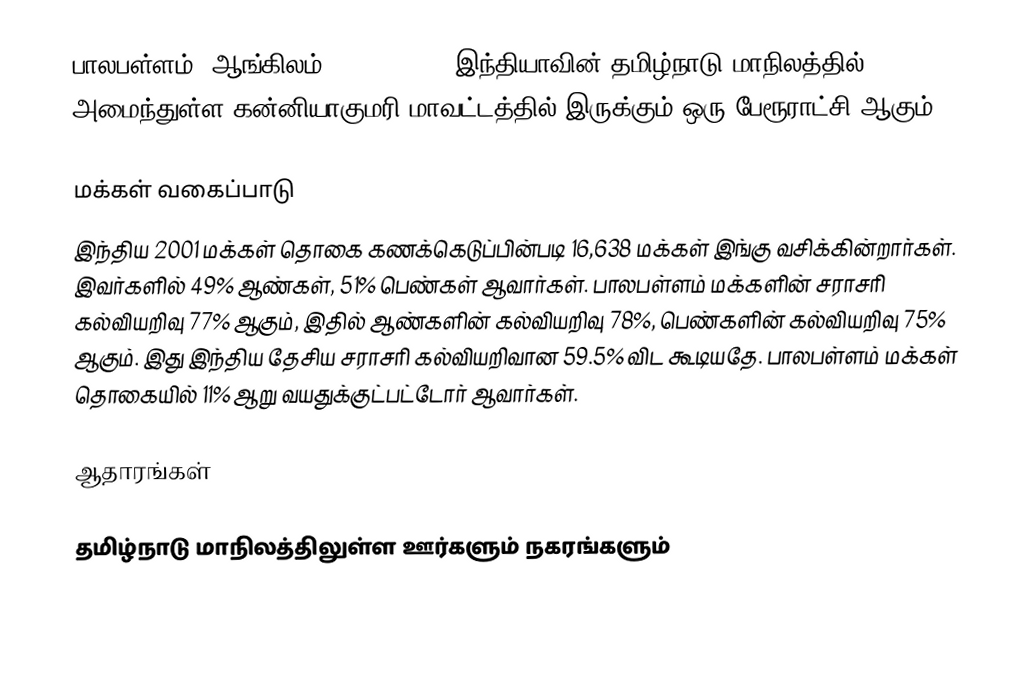
பாலபள்ளம் (ஆங்கிலம்:Balapallam), இந்தியாவின் தமிழ்நாடு மாநிலத்தில் அமைந்துள்ள கன்னியாகுமரி மாவட்டத்தில் இருக்கும் ஒரு பேரூராட்சி ஆகும்.

மக்கள் வகைப்பாடு
இந்திய 2001 மக்கள் தொகை கணக்கெடுப்பின்படி 16,638 மக்கள் இங்கு வசிக்கின்றார்கள். இவர்களில் 49% ஆண்கள், 51% பெண்கள் ஆவார்கள். பாலபள்ளம் மக்களின் சராசரி கல்வியறிவு 77% ஆகும்,  இதில் ஆண்களின் கல்வியறிவு 78%,  பெண்களின் கல்வியறிவு 75% ஆகும். இது இந்திய தேசிய சராசரி கல்வியறிவான 59.5% விட கூடியதே. பாலபள்ளம் மக்கள் தொகையில் 11%  ஆறு வயதுக்குட்பட்டோர் ஆவார்கள்.

ஆதாரங்கள்

தமிழ்நாடு மாநிலத்திலுள்ள ஊர்களும் நகரங்களும்